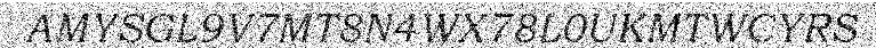
AMYSGL9V7MT8N4WX78L0UKMTWCYRS